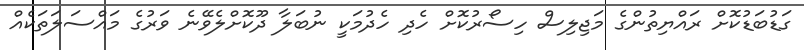
ގަޑުބަޑުކޮށް ރައްޔިތުންގެ މަޖިލިސް ހިސޯރުކޮށް ހެދި ހެދުމަކީ ނުބަލާ ދޫކޮށްލެވޭނެ ވަރުގެ މައްސަލަތަކެއް